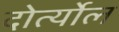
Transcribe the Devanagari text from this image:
दोर्त्योल